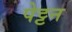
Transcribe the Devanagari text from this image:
पेट्टन